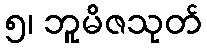
၅၊ ဘူမိဇသုတ်